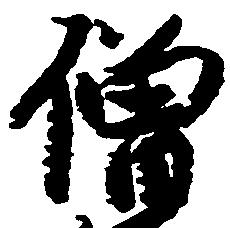
僧